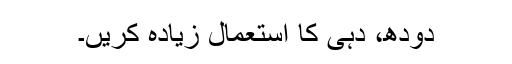
دودھ، دہی کا استعمال زیادہ کریں۔